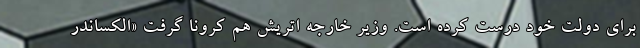
برای دولت خود درست کرده است. وزیر خارجه اتریش هم کرونا گرفت «الکساندر